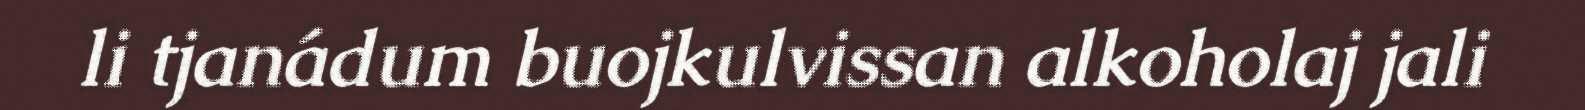
li tjanádum buojkulvissan alkoholaj jali